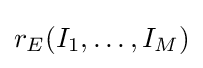
r_{E}(I_{1},\ldots ,I_{M})